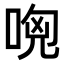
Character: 𠴶